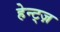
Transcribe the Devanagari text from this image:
हेन्ट्ज़